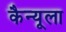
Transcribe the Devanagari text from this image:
कैन्यूला